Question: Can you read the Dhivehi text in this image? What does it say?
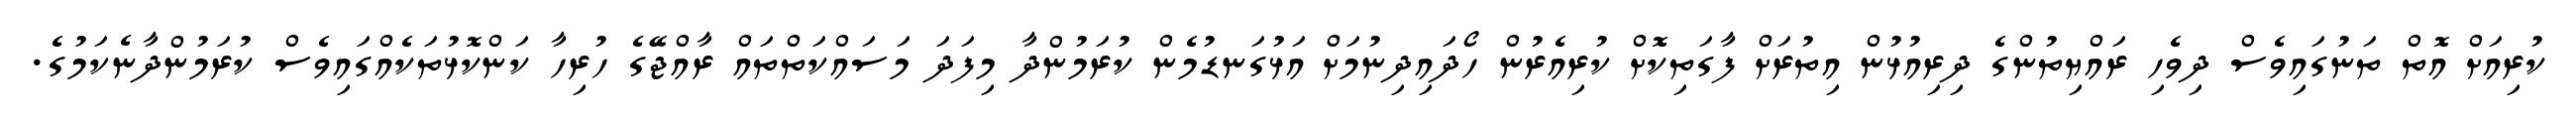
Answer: ކުރިއަށް އޮތް ތަނުގައިވެސް ދިވެހި ރައްޔިތުންގެ ދިރިއުޅުން އިތުރަށް ފާގަތިކޮށް ކުރިއެރުން ހޯދައިދިނުމަށް އަޅުގަނޑުމެން ކުރަމުންދާ މިފަދަ މަސައްކަތްތައް ރާއްޖޭގެ ހުރިހާ ކަންކޮޅުތަކެއްގައިވެސް ކުރަމުންދާނެކަމުގެ.